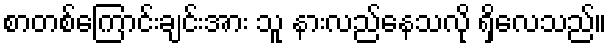
စာတစ်ကြောင်းချင်းအား သူ နားလည်နေသလို ရှိလေသည်။